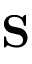
\textbf { S }